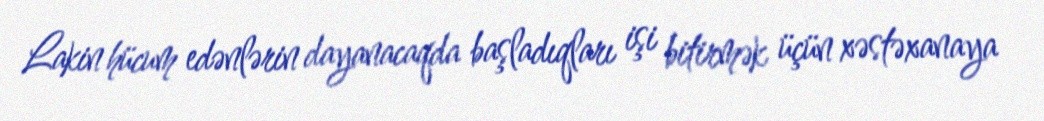
Lakin hücum edənlərin dayanacaqda başladıqları işi bitirmək üçün xəstəxanaya